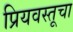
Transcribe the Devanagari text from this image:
प्रियवस्तूचा